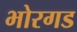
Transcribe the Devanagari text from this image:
भोरगड